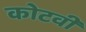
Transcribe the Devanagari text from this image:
कोटवी